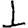
Digit: 1